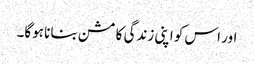
اور اس کو اپنی زندگی کا مشن بنانا ہوگا۔